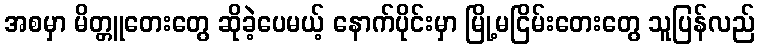
အစမှာ မိတ္တူတေးတွေ ဆိုခဲ့ပေမယ့် နောက်ပိုင်းမှာ မြို့မငြိမ်းတေးတွေ သူပြန်လည်